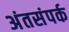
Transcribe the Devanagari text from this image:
अंतसंपर्क